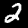
Label: 2